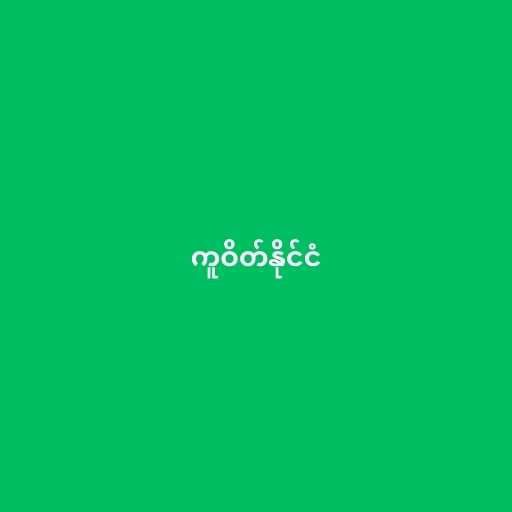
ကူဝိတ်နိုင်ငံ